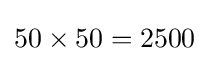
50\times 50=2500